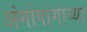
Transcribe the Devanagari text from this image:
अंगोपांगाच्या